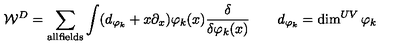
{ \cal W } ^ { D } = \sum _ { \mathrm { \scriptsize a l l f i e l d s } } \int ( d _ { \varphi _ { k } } + x \partial _ { x } ) \varphi _ { k } ( x ) { \frac { \delta } { \delta \varphi _ { k } ( x ) } } \qquad d _ { \varphi _ { k } } = \dim ^ { U V } { \varphi _ { k } }